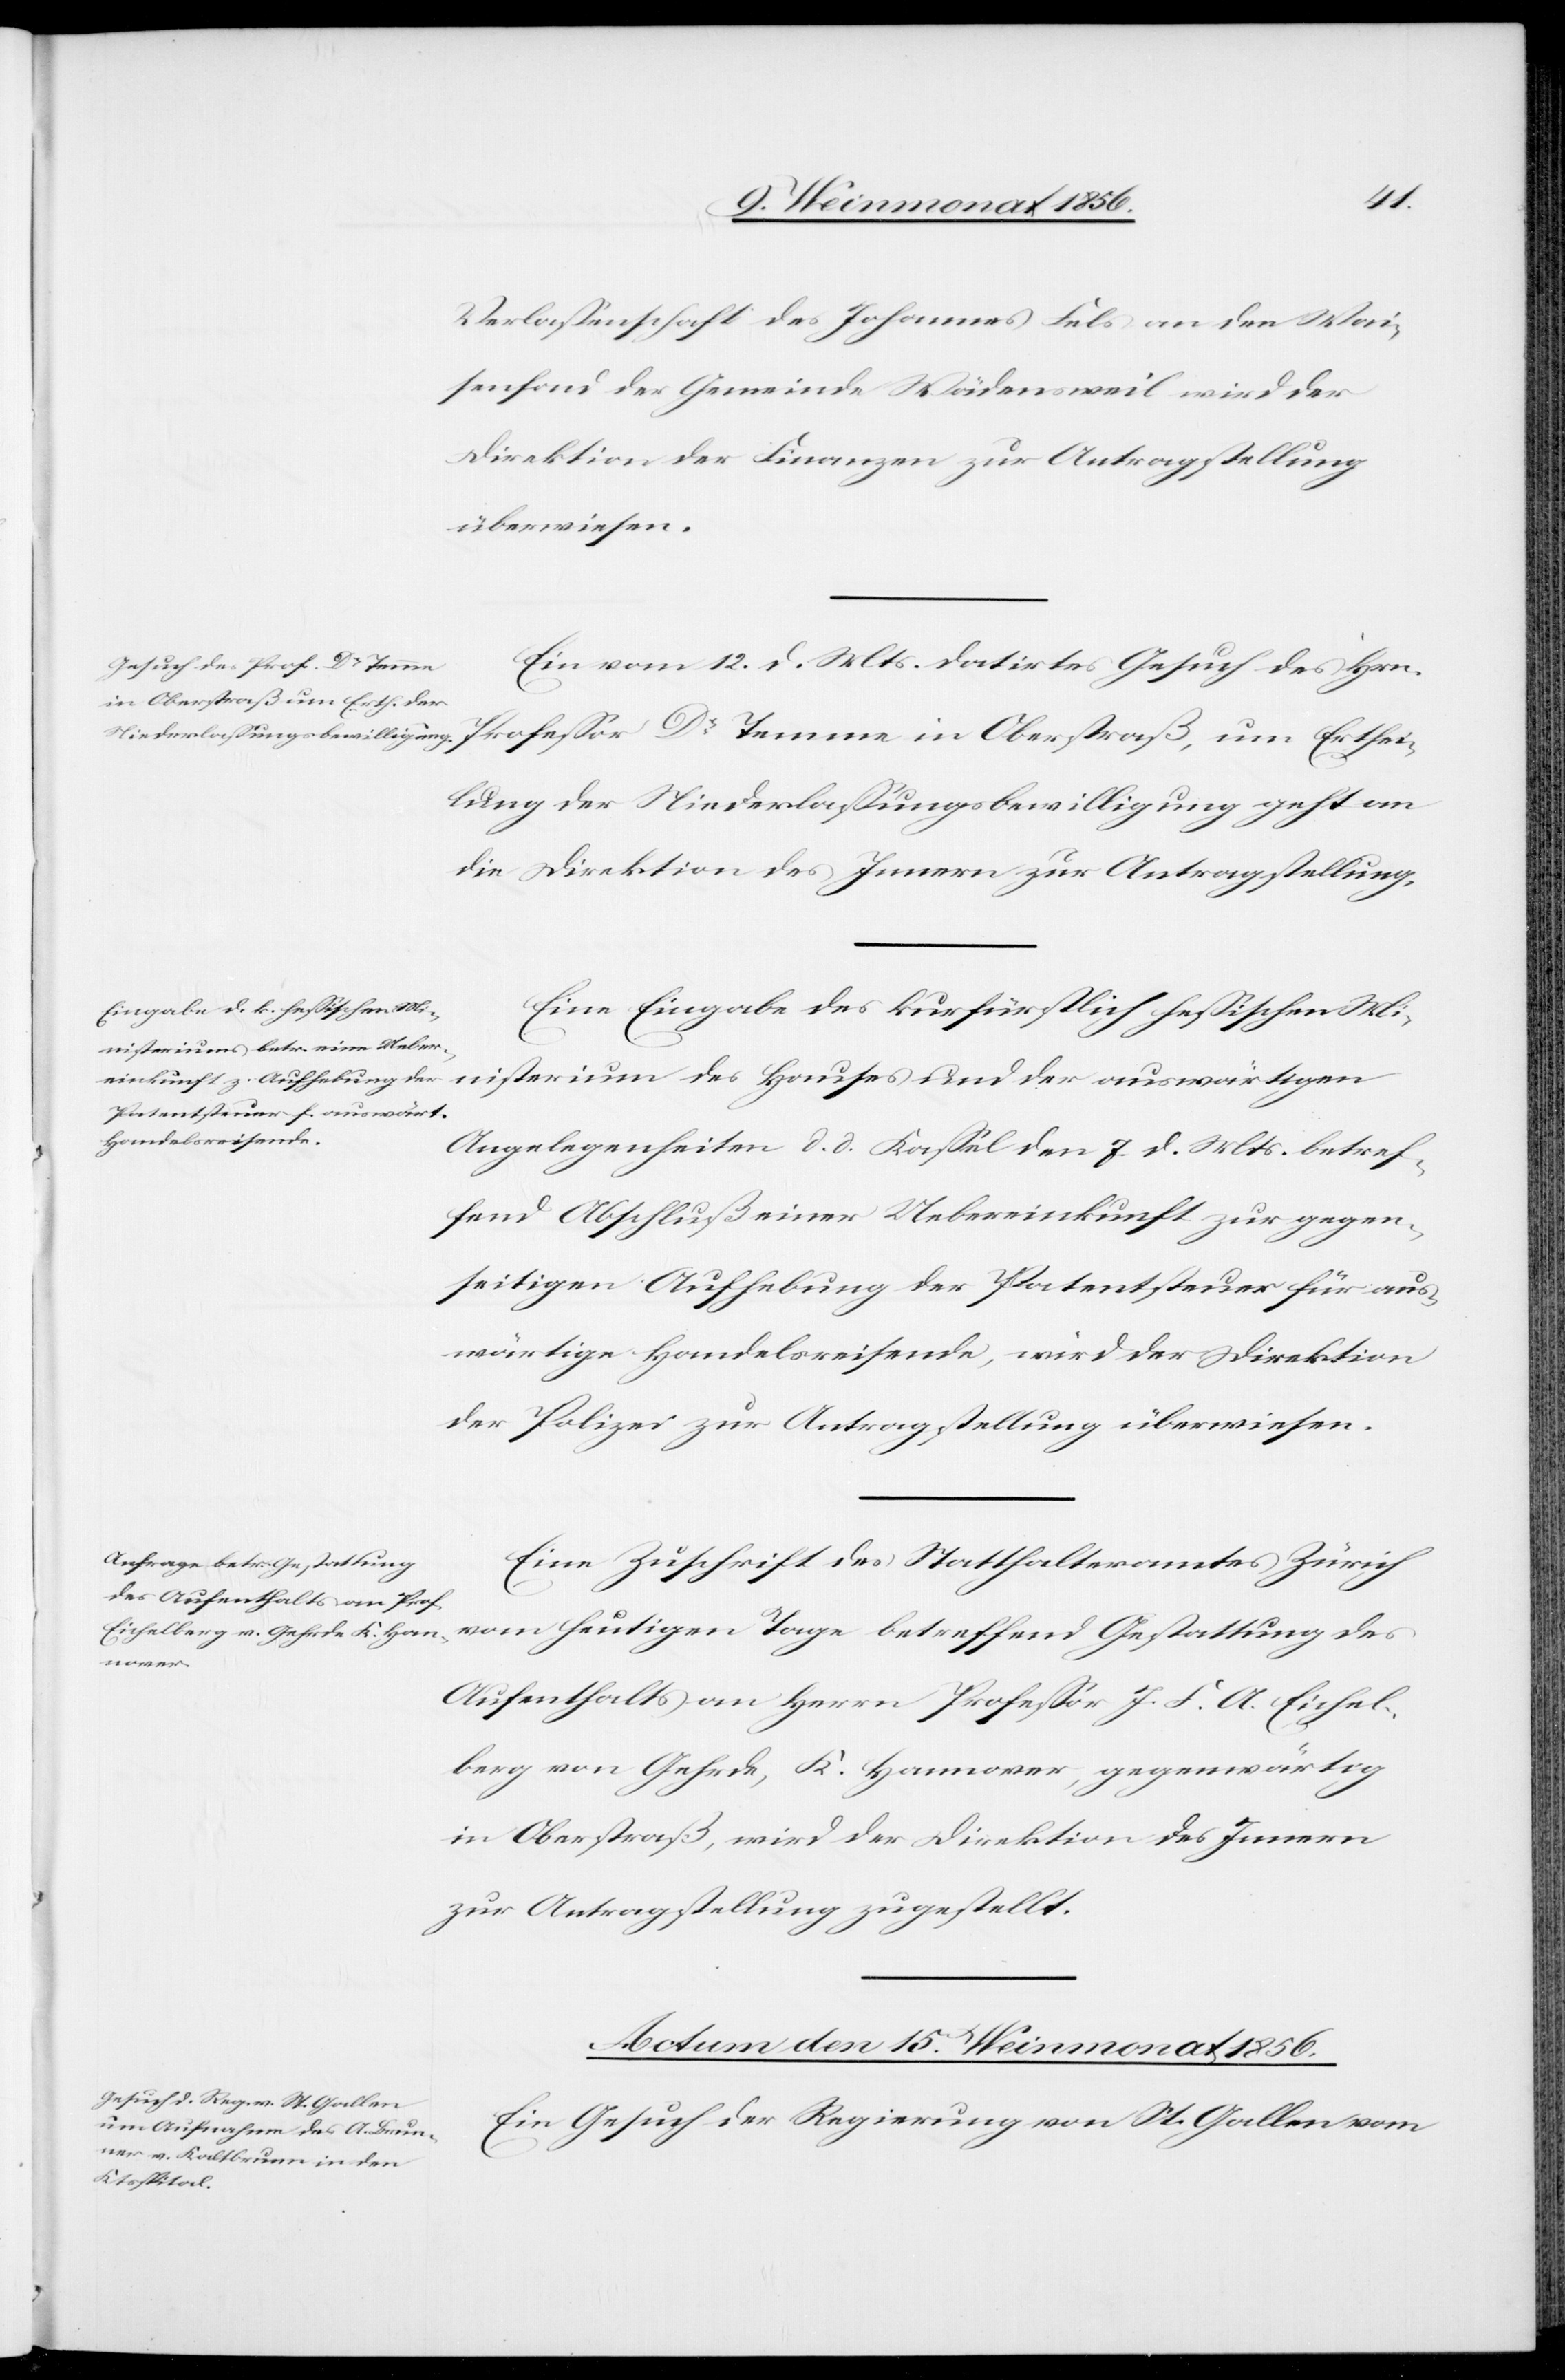
Verlassenschaft des Johannes Fels an den Wai¬
senfond der Gemeinde Wädensweil wird der
Direktion der Finanzen zur Antragstellung
überwiesen.
Ein vom 12. d. Mts. datirtes Gesuch des Hrn.
Professor Dr Temme in Oberstraß, um Erthei¬
lung der Niederlassungsbewilligung geht an
die Direktion des Innern zur Antragstellung.
Eine Eingabe des kurfürstlich hessischen Mi¬
nisterium des Hauses und der auswärtigen
Angelegenheiten d. d. Kassel den 7 d. Mts. betref¬
fend Abschluß einer Uebereinkunft zur gegen¬
seitigen Aufhebung der Patentsteuer für aus¬
wärtige Handelsreisende, wird der Direktion
der Polizei zur Antragstellung überwiesen.
Eine Zuschrift des Statthalteramtes Zürich
vom heutigen Tage betreffend Gestattung des
Aufenthalts an Herrn Professor J. F. A. Eichel¬
berg von Gehrde, K. Hannover, gegenwärtig
in Oberstraß, wir der Direktion des Innern
zur Antragstellung zugestellt.
Actum den 15. Weinmonat 1856.
Ein Gesuch der Regierung von St. Gallen vom